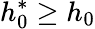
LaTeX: h_{0}^{*}\ge h_{0}